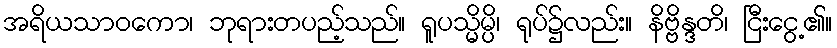
အရိယသာဝကော၊ ဘုရားတပည့်သည်။ ရူပသ္မိမ္ပိ၊ ရုပ်၌လည်း။ နိဗ္ဗိန္ဒတိ၊ ငြီးငွေ့၏။